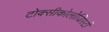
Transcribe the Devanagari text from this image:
टोक्सीकोलोजिस्टों